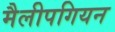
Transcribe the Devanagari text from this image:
मैलीपगियन